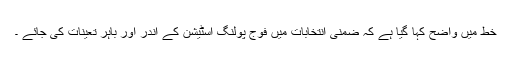
خط میں واضح کہا گیا ہے کہ ضمنی انتخابات میں فوج پولنگ اسٹیشن کے اندر اور باہر تعینات کی جائے ۔